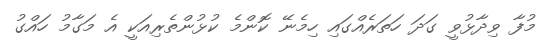
މުފާ ވިދާޅުވީ ގަދަ ހަތަރެއްގައި ހިމެނޭ ކޮންމެ ކުޅުންތެރިއަކީ އެ މަގާމު ހައްގު